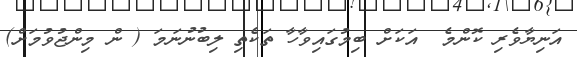
އަނިޔާވެރި ކޮންމެ  އަކަށް ބިމުގައިވާހާ ތަކެތި ލިބުނުނަމަ ( ން މިންޖުވުމަށް)